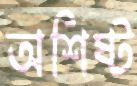
অশিষ্ট